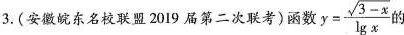
3.(安徽皖东名校联盟20I9届第二次联考)函数 $$ y = \frac { \sqrt { 3 - x } } { \lg x }$$ 的